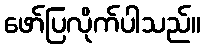
ဖော်ပြလိုက်ပါသည်။